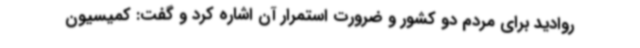
روادید برای مردم دو کشور و ضرورت استمرار آن اشاره کرد و گفت: کمیسیون